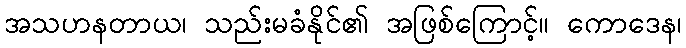
အသဟနတာယ၊ သည်းမခံနိုင်၏ အဖြစ်ကြောင့်။ ကောဒေန၊